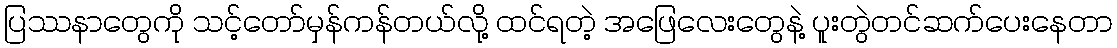
ပြဿနာတွေကို သင့်တော်မှန်ကန်တယ်လို့ ထင်ရတဲ့ အဖြေလေးတွေနဲ့ ပူးတွဲတင်ဆက်ပေးနေတာ